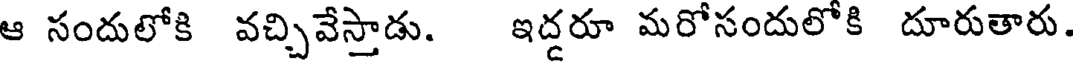
ఆ సందులోకి వచ్చివేస్తాడు. ఇద్దరూ మరోసందులోకి దూరుతారు.